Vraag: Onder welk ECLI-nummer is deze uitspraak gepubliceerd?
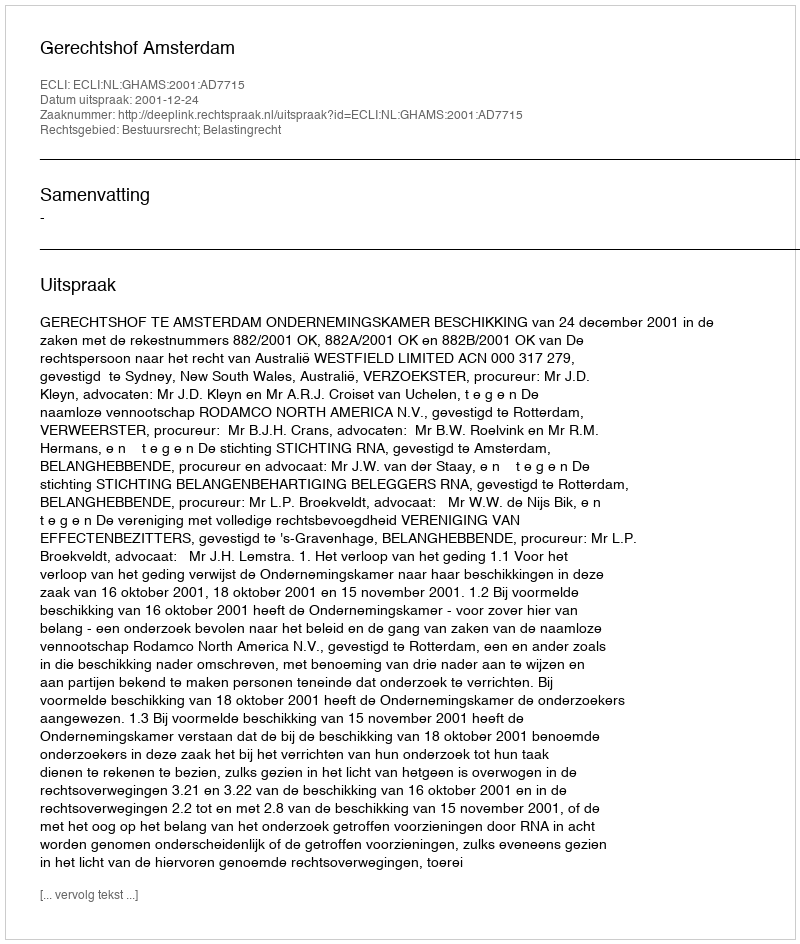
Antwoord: ECLI:NL:GHAMS:2001:AD7715